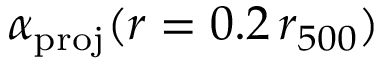
\alpha _ { \mathrm { p r o j } } ( r = 0 . 2 \, r _ { 5 0 0 } )